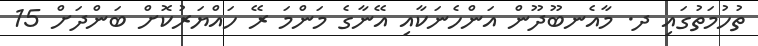
ތުހުމަތުގައި ދ. މާއެނބޫދޫން އަންހެނަކާއި އޭނާގެ މަންމަ ރޭ ހައްޔަރުކޮށް ބަންދަށް 15